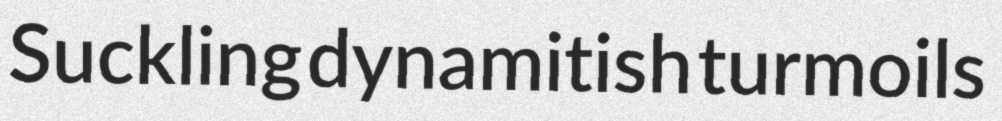
Suckling dynamitish turmoils